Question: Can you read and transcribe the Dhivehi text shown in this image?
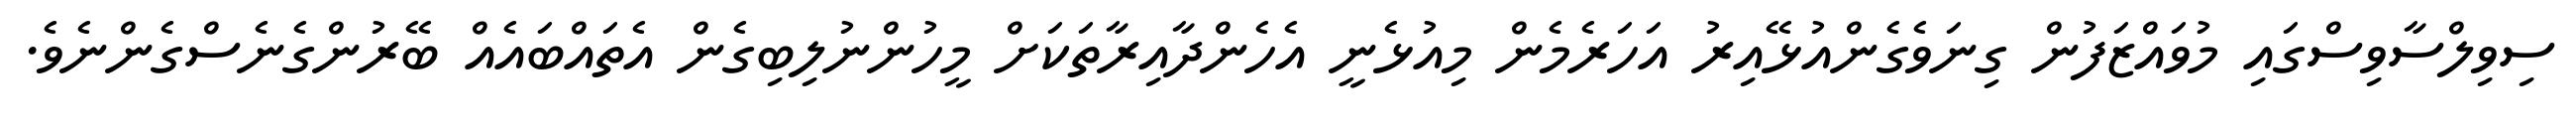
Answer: ސިވިލްސާވިސްގައި މުވައްޒަފުން ގިނަވެގެންއުޅޭއިރު އަހަރެމެން މިއުޅެނީ އެހެންދާއިރާތަކަށް މީހުންނުލިބިގެން އެތައްބައެއް ބޭރުންގެނެސްގެންނެވެ.